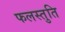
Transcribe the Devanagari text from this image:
फलस्तुति